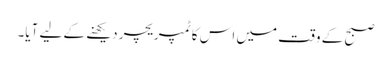
صبح کے وقت میں اس کا ٹمپریچر دیکھنے کے لیے آیا۔